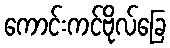
ကောင်းကင်ဗိုလ်ခြေ